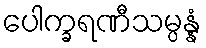
ပေါက္ခရဏီသမ္ပန္နံ